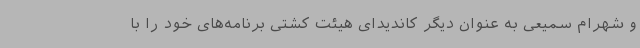
و شهرام سمیعی به عنوان دیگر کاندیدای هیئت کشتی برنامه‌های خود را با